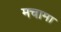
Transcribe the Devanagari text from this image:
मचामा